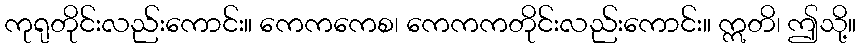
ကုရုတိုင်းလည်းကောင်း။ ကေကကေစ၊ ကေကကတိုင်းလည်းကောင်း။ ဣတိ၊ ဤသို့။